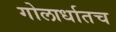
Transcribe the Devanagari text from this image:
गोलार्धातच